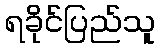
ရခိုင်ပြည်သူ